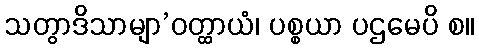
သတွာဒိသာမျာ’ဝတ္ထာယံ၊ ပစ္စယာ ပဌမေပိ စ။